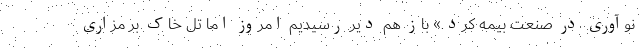
نوآوری در صنعت بیمه کرد.» باز هم دیر رسیدیم امروز اما تل خاک بر مزاری